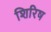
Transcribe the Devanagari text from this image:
शिरिष